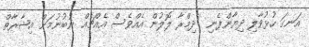
އަނގަ ހުޅުވާލި ދިޔާންފެނި  ދިމްރާ ލޮލުން އެއްވެސް އެއްޗެއް ނުބުނުމަށް އިޝާރާތް